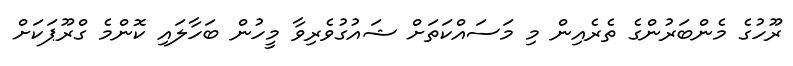
ރޫހުގެ މެންބަރުންގެ ތެރެއިން މި މަސައްކަތަށް ޝައުގުވެރިވާ މީހުން ބަހާލައި ކޮންމެ ގްރޫޕަކަށް